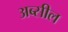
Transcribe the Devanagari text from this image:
अब्सील